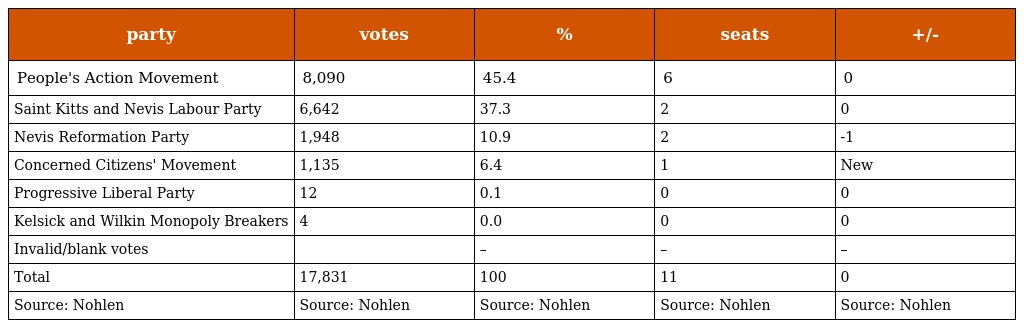
| party | votes | % | seats | +/- |
 | --- | --- | --- | --- | --- |
 | People's Action Movement | 8,090 | 45.4 | 6 | 0 |
 | Saint Kitts and Nevis Labour Party | 6,642 | 37.3 | 2 | 0 |
 | Nevis Reformation Party | 1,948 | 10.9 | 2 | -1 |
 | Concerned Citizens' Movement | 1,135 | 6.4 | 1 | New |
 | Progressive Liberal Party | 12 | 0.1 | 0 | 0 |
 | Kelsick and Wilkin Monopoly Breakers | 4 | 0.0 | 0 | 0 |
 | Invalid/blank votes |  | – | – | – |
 | Total | 17,831 | 100 | 11 | 0 |
 | Source: Nohlen | Source: Nohlen | Source: Nohlen | Source: Nohlen | Source: Nohlen |